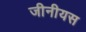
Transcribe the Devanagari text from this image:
जीनीयस